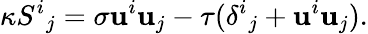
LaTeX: \kappa{S^{i}}_{j}=\sigma\mathbf{u}^{i}\mathbf{u}_{j}-\tau({\delta^{i}}_{j}+\mathbf{u}^{i}\mathbf{u}_{j}).